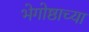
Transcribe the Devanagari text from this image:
भेगोष्ठाच्या